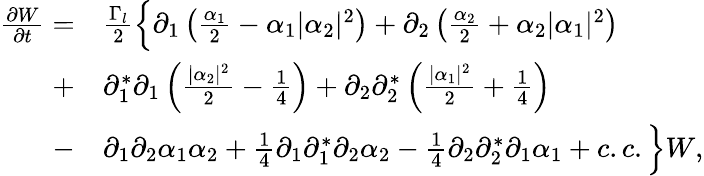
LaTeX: \begin{array}{rl}{\frac{\partial W}{\partial t}=}&{\frac{\Gamma_{l}}{2}\Big\{ \partial_{1}\left(\frac{\alpha_{1}}{2}-\alpha_{1}\lvert\alpha_{2}\rvert^{2}\right)+\partial_{2}\left(\frac{\alpha_{2}}{2}+\alpha_{2}\lvert\alpha_{1}\rvert^{2}\right)}\\ {+}&{\partial_{1}^{*}\partial_{1}\left(\frac{\lvert\alpha_{2}\rvert^{2}}{2}-\frac{1}{4}\right)+\partial_{2}\partial_{2}^{*}\left(\frac{\lvert\alpha_{1}\rvert^{2}}{2}+\frac{1}{4}\right)}\\ {-}&{\partial_{1}\partial_{2}\alpha_{1}\alpha_{2}+\frac{1}{4}\partial_{1}\partial_{1}^{*}\partial_{2}\alpha_{2}-\frac{1}{4}\partial_{2}\partial_{2}^{*}\partial_{1}\alpha_{1}+c.c.\Big\} W,}\end{array}